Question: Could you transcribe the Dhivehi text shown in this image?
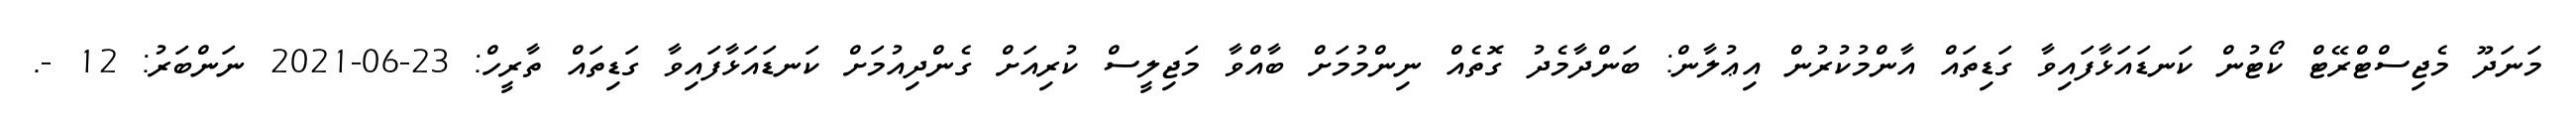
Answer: މަނަދޫ މެޖިސްޓްރޭޓް ކޯޓުން ކަނޑައަޅާފައިވާ ގަޑިތައް އާންމުކުރުން އިޢުލާން: ބަންދާމެދު ގޮތެއް ނިންމުމަށް ބާއްވާ މަޖިލީސް ކުރިއަށް ގެންދިއުމަށް ކަނޑައަޅާފައިވާ ގަޑިތައް ތާރީހް: 23-06-2021 ނަންބަރު: 12 -.